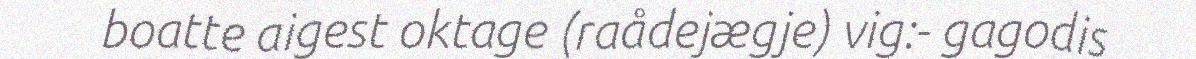
boatte aigest oktage (raådejægje) vig:- gagodis